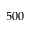
5 0 0